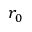
r _ { 0 }